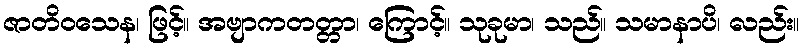
ဇာတိဝသေန၊ ဖြင့်။ အဗျာကတတ္တာ၊ ကြောင့်။ သုခုမာ၊ သည်။ သမာနာပိ၊ လည်း။